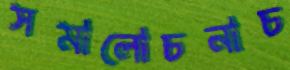
সমালোচনাচ